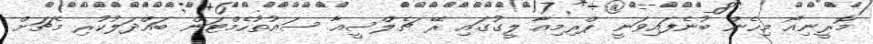
މޮރީނިއޯ މިހެން ބުނެފައިވަނީ ޕްރިމިއާ ލީގުގައި ރޭ ޗެލްސީއާ ސައުތުހެމްޓަން ބައްދަލުކުރި މެޗަށް